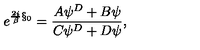
e ^ { { \frac { 2 i } { \beta } } { \S } _ { 0 } } = { \frac { A \psi ^ { D } + B \psi } { C \psi ^ { D } + D \psi } } ,